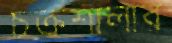
চক্রশালার